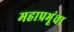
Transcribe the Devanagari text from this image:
महाप्रभूंचा